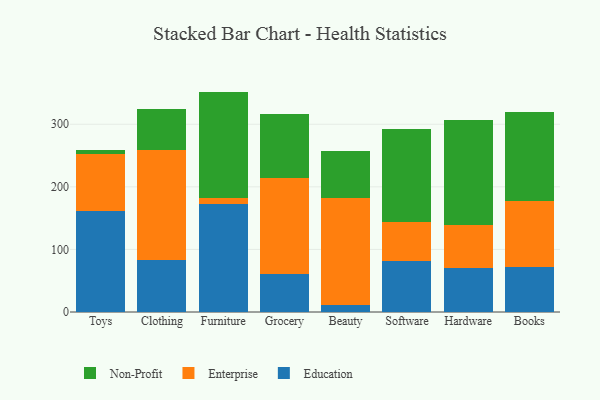
{"axis": {"x": "Category", "y": "Budget (USD K)"}, "legend": ["Education", "Enterprise", "Non-Profit"], "data": [{"x": "Toys", "y": 162.2, "type": "Education"}, {"x": "Toys", "y": 90.4, "type": "Enterprise"}, {"x": "Toys", "y": 6.8, "type": "Non-Profit"}, {"x": "Clothing", "y": 82.5, "type": "Education"}, {"x": "Clothing", "y": 176.2, "type": "Enterprise"}, {"x": "Clothing", "y": 65.9, "type": "Non-Profit"}, {"x": "Furniture", "y": 173.2, "type": "Education"}, {"x": "Furniture", "y": 9.4, "type": "Enterprise"}, {"x": "Furniture", "y": 169.6, "type": "Non-Profit"}, {"x": "Grocery", "y": 60.3, "type": "Education"}, {"x": "Grocery", "y": 153.3, "type": "Enterprise"}, {"x": "Grocery", "y": 102.4, "type": "Non-Profit"}, {"x": "Beauty", "y": 11.1, "type": "Education"}, {"x": "Beauty", "y": 171.4, "type": "Enterprise"}, {"x": "Beauty", "y": 75.2, "type": "Non-Profit"}, {"x": "Software", "y": 81.4, "type": "Education"}, {"x": "Software", "y": 62.7, "type": "Enterprise"}, {"x": "Software", "y": 147.6, "type": "Non-Profit"}, {"x": "Hardware", "y": 69.8, "type": "Education"}, {"x": "Hardware", "y": 68.9, "type": "Enterprise"}, {"x": "Hardware", "y": 168.6, "type": "Non-Profit"}, {"x": "Books", "y": 71.4, "type": "Education"}, {"x": "Books", "y": 105.2, "type": "Enterprise"}, {"x": "Books", "y": 143.6, "type": "Non-Profit"}]}